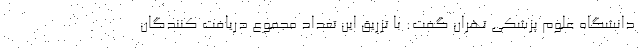
دانشگاه علوم پزشکی تهران گفت: با تزریق این تعداد مجموع دریافت کنندگان